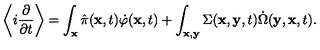
\left\langle i \frac { \partial } { \partial t } \right\rangle = \int _ { \bf x } \hat { \pi } ( { \bf x } , t ) \dot { \varphi } ( { \bf x } , t ) + \int _ { \bf x , y } \Sigma ( { \bf x } , { \bf y } , t ) \dot { \Omega } ( { \bf y } , { \bf x } , t ) .